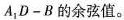
A_{1}D-B的余弦值。